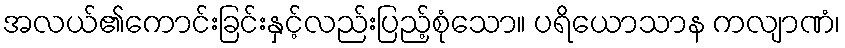
အလယ်၏ကောင်းခြင်းနှင့်လည်းပြည့်စုံသော။ ပရိယောသာန ကလျာဏံ၊